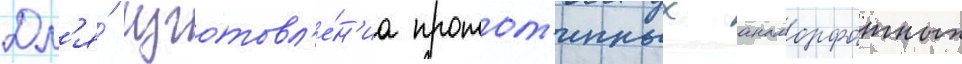
Дл'я́ изготовл'е́н'иа протот'ипных анаморфотных